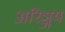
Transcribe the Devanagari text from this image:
अरिञ्जय